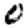
Digit: 0